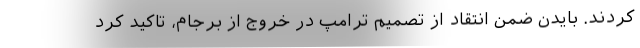
کردند. بایدن ضمن انتقاد از تصمیم ترامپ در خروج از برجام، تاکید کرد